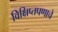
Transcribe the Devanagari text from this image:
विक्षिप्तपणाचे